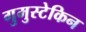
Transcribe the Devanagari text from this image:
गुमुस्टेकिन